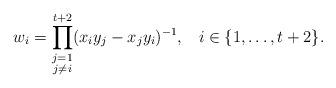
LaTeX: \begin{align*}w_{i} = \prod_{\substack{j = 1 \\ j \neq i}}^{t+2} (x_{i}y_{j} - x_{j}y_{i})^{-1}, \; \; \; i \in \{1, \ldots, t+2\}.\end{align*}